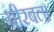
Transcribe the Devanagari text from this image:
बीरबल।